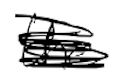
Text: the
Cross-out: scratch
Writing tool: digital_black